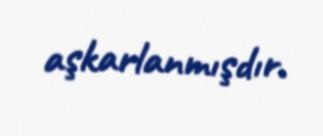
aşkarlanmışdır.